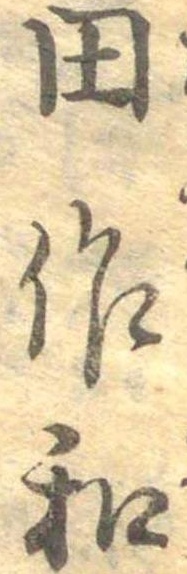
田作和